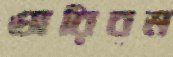
অরিবম